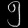
Digit: ၅